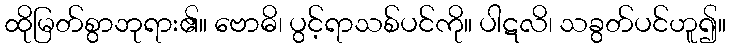
ထိုမြတ်စွာဘုရား၏။ ဗောဓိ၊ ပွင့်ရာသစ်ပင်ကို။ ပါဋလိ၊ သခွတ်ပင်ဟူ၍။